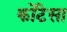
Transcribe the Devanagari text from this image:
कोंटेसा